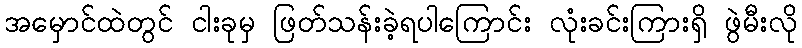
အမှောင်ထဲတွင် ငါးခုမှ ဖြတ်သန်းခဲ့ရပါကြောင်း လုံးခင်းကြားရှိ ဖွဲမီးလို